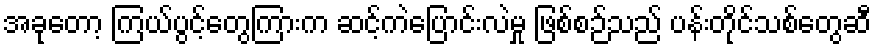
အခုတော့ ကြယ်ပွင့်တွေကြားက ဆင့်ကဲပြောင်းလဲမှု ဖြစ်စဉ်သည် ပန်းတိုင်သစ်တွေဆီ